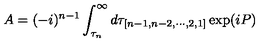
A = ( - i ) ^ { n - 1 } \int _ { \tau _ { n } } ^ { \infty } d \tau _ { [ n - 1 , n - 2 , \cdots , 2 , 1 ] } \exp ( i P ) \,